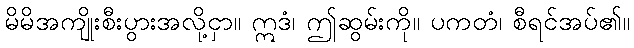
မိမိအကျိုးစီးပွားအလို့ငှာ။ ဣဒံ၊ ဤဆွမ်းကို။ ပကတံ၊ စီရင်အပ်၏။